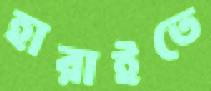
হারাইতে